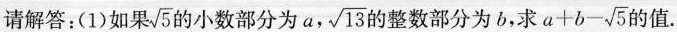
请解答：(1)如果 $$\sqrt { 5 }$$ 的小数部分为 a, $$\sqrt { 1 3 }$$ 的整数部分为b，求 $$a + b - \sqrt { 5 }$$ 的值.